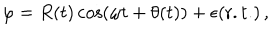
\varphi = R ( t ) \cos ( \omega t + \theta ( t ) ) + \epsilon ( \mathrm { r . t . } ) \, ,